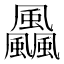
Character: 飍